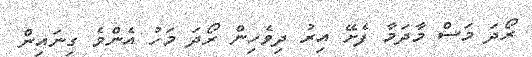
ރޯދަ މަސް މާދަމާ ފެށޭ އިރު ދިވެހިން ރޯދަ މަހު އެންމެ ގިނައިން